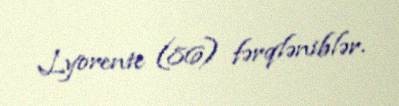
Lyorente (86) fərqləniblər.